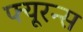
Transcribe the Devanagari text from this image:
फ्यूरन्स